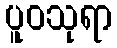
ပူဝသုရာ